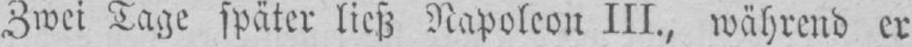
Zwei Tage später ließ Napoleon III., während er